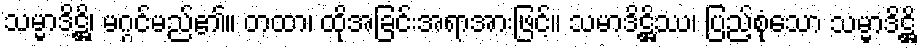
သမ္မာဒိဋ္ဌိ၊ မဂ္ဂင်မည်၏။ တထာ၊ ထိုအခြင်းအရာအားဖြင့်။ သမာဒိဋ္ဌိဿ၊ ပြည့်စုံသော သမ္မာဒိဋ္ဌိ